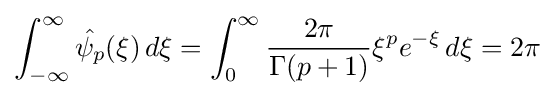
\int _{-\infty }^{\infty }{\hat {\psi _{p}}}(\xi )\,d\xi =\int _{0}^{\infty }{\frac {2\pi }{\Gamma (p+1)}}\xi ^{p}e^{-\xi }\,d\xi =2\pi